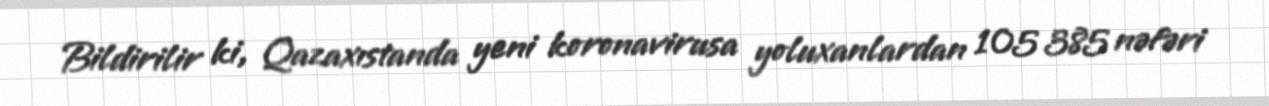
Bildirilir ki, Qazaxıstanda yeni koronavirusa yoluxanlardan 105 385 nəfəri